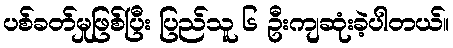
ပစ်ခတ်မှုဖြစ်ပြီး ပြည်သူ ၆ ဦးကျဆုံးခဲ့ပါတယ်။